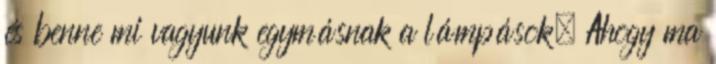
és benne mi vagyunk egymásnak a lámpások. Ahogy ma